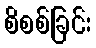
စိစစ်ခြင်း